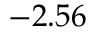
- 2 . 5 6